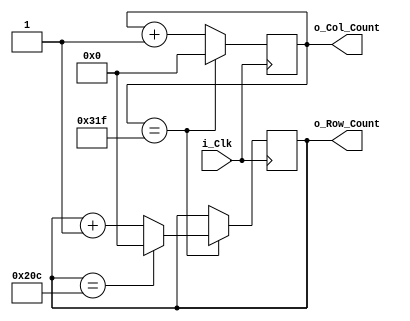
// Manages Col_Count and Row_Count

module VGA_Counter
  (input            i_Clk, 
   output reg [9:0] o_Col_Count = 0, 
   output reg [9:0] o_Row_Count = 0
  );  

  parameter TOTAL_COLS  = 800;
  parameter TOTAL_ROWS  = 525;
   
  always @(posedge i_Clk)
  begin
    if (o_Col_Count == TOTAL_COLS-1)
    begin
      o_Col_Count <= 0;
      if (o_Row_Count == TOTAL_ROWS-1)
        o_Row_Count <= 0;
      else
        o_Row_Count <= o_Row_Count + 1;
    end
    else
      o_Col_Count <= o_Col_Count + 1;
  end
endmodule